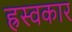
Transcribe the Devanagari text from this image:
ह्रस्वकार